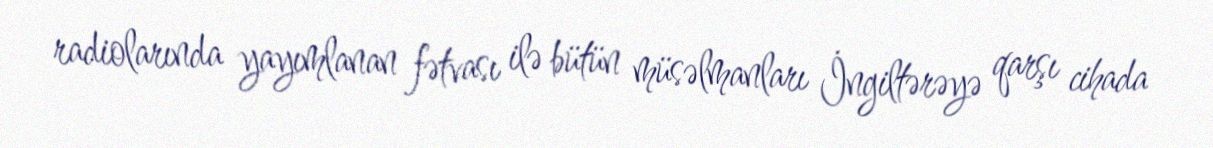
radiolarında yayımlanan fətvası ilə bütün müsəlmanları İngiltərəyə qarşı cihada